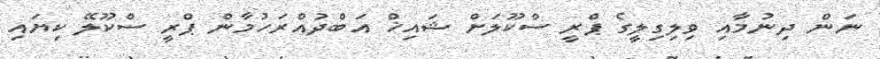
ނަން ދިނުމާއި ވިލިގިލީގެ ޕްރީ ސްކޫލަށް ޝައިޚް އަބްދުއްރަހުމާން ޕްރީ ސްކޫލޭ ކިޔައި